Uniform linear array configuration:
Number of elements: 12
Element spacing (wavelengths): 0.25
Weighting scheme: uniform
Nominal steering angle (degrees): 15
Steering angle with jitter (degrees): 15.288
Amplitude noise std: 0.05
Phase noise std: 0.05

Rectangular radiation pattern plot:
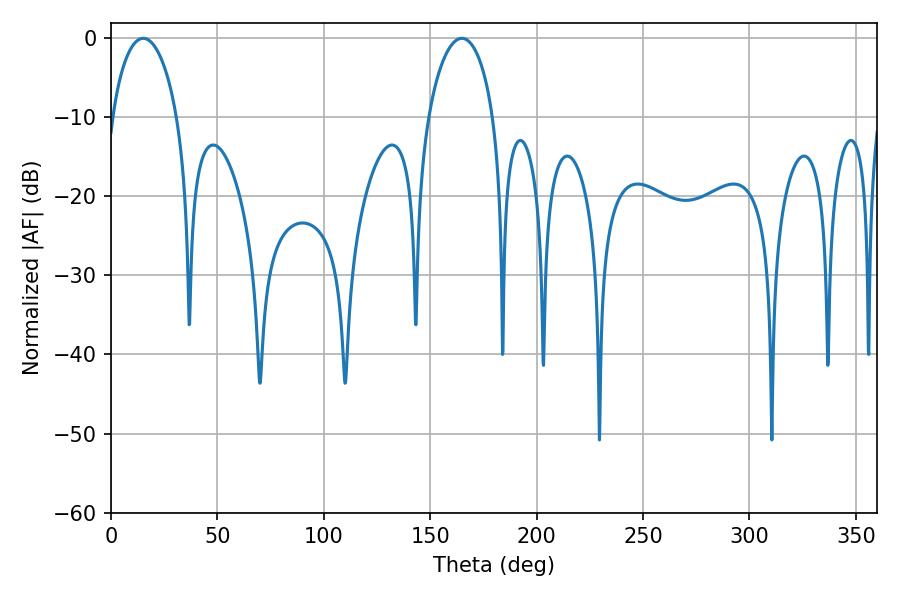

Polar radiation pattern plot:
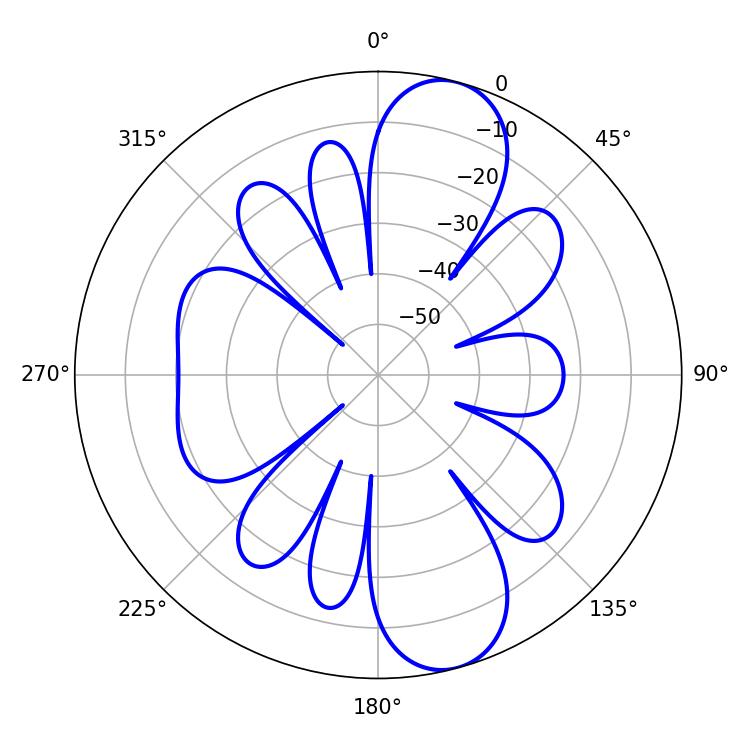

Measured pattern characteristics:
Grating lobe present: FALSE
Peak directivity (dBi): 10.898
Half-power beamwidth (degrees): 17.46
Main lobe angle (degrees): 15.12